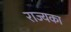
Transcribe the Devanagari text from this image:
राज्यका